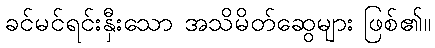
ခင်မင်ရင်းနှီးသော အသိမိတ်ဆွေများ ဖြစ်၏။